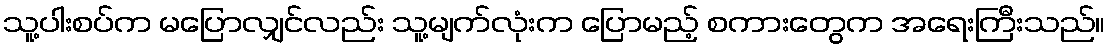
သူ့ပါးစပ်က မပြောလျှင်လည်း သူ့မျက်လုံးက ပြောမည့် စကားတွေက အရေးကြီးသည်။